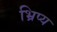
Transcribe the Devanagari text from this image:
भ्रिप्य